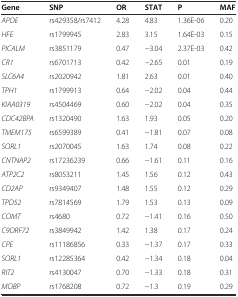
| Gene | SNP | OR | STAT | P | MAF |
 | --- | --- | --- | --- | --- | --- |
 | APOE | rs429358/rs7412 | 4.28 | 4.83 | 1.36E-06 | 0.20 |
 | HFE | rs1799945 | 2.83 | 3.15 | 1.64E-03 | 0.15 |
 | PICALM | rs3851179 | 0.47 | −3.04 | 2.37E-03 | 0.42 |
 | CR1 | rs6701713 | 0.42 | −2.65 | 0.01 | 0.19 |
 | SLC6A4 | rs2020942 | 1.81 | 2.63 | 0.01 | 0.40 |
 | TPH1 | rs1799913 | 0.64 | −2.02 | 0.04 | 0.44 |
 | KIAA0319 | rs4504469 | 0.60 | −2.02 | 0.04 | 0.35 |
 | CDC42BPA | rs1320490 | 1.63 | 1.93 | 0.05 | 0.20 |
 | TMEM175 | rs6599389 | 0.41 | −1.81 | 0.07 | 0.08 |
 | SORL1 | rs2070045 | 1.63 | 1.74 | 0.08 | 0.22 |
 | CNTNAP2 | rs17236239 | 0.66 | −1.61 | 0.11 | 0.16 |
 | ATP2C2 | rs8053211 | 1.45 | 1.56 | 0.12 | 0.43 |
 | CD2AP | rs9349407 | 1.48 | 1.55 | 0.12 | 0.29 |
 | TPD52 | rs7814569 | 1.79 | 1.53 | 0.13 | 0.09 |
 | COMT | rs4680 | 0.72 | −1.41 | 0.16 | 0.50 |
 | C9ORF72 | rs3849942 | 1.42 | 1.38 | 0.17 | 0.24 |
 | CPE | rs11186856 | 0.33 | −1.37 | 0.17 | 0.33 |
 | SORL1 | rs12285364 | 0.42 | −1.34 | 0.18 | 0.04 |
 | RIT2 | rs4130047 | 0.70 | −1.33 | 0.18 | 0.31 |
 | MOBP | rs1768208 | 0.72 | −1.3 | 0.19 | 0.29 |